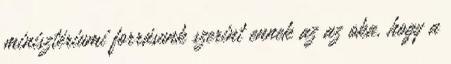
minisztériumi forrásunk szerint ennek az az oka, hogy a